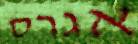
אגרס